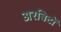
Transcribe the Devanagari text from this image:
अरबिटों